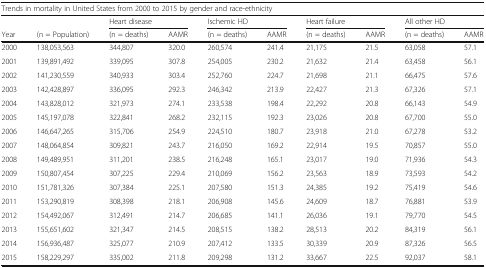
<table><thead><tr><td colspan="10"><b>Trends in mortality in United States from 2000 to 2015 by gender and race-ethnicity</b></td></tr><tr><td></td><td></td><td colspan="2"><b>Heart disease</b></td><td colspan="2"><b>Ischemic HD</b></td><td colspan="2"><b>Heart failure</b></td><td colspan="2"><b>All other HD</b></td></tr><tr><td><b>Year</b></td><td><b>(n = Population)</b></td><td><b>(n = deaths)</b></td><td><b>AAMR</b></td><td><b>(n = deaths)</b></td><td><b>AAMR</b></td><td><b>(n = deaths)</b></td><td><b>AAMR</b></td><td><b>(n = deaths)</b></td><td><b>AAMR</b></td></tr></thead><tbody><tr><td>2000</td><td>138,053,563</td><td>344,807</td><td>320.0</td><td>260,574</td><td>241.4</td><td>21,175</td><td>21.5</td><td>63,058</td><td>57.1</td></tr><tr><td>2001</td><td>139,891,492</td><td>339,095</td><td>307.8</td><td>254,005</td><td>230.2</td><td>21,632</td><td>21.4</td><td>63,458</td><td>56.1</td></tr><tr><td>2002</td><td>141,230,559</td><td>340,933</td><td>303.4</td><td>252,760</td><td>224.7</td><td>21,698</td><td>21.1</td><td>66,475</td><td>57.6</td></tr><tr><td>2003</td><td>142,428,897</td><td>336,095</td><td>292.3</td><td>246,342</td><td>213.9</td><td>22,427</td><td>21.3</td><td>67,326</td><td>57.1</td></tr><tr><td>2004</td><td>143,828,012</td><td>321,973</td><td>274.1</td><td>233,538</td><td>198.4</td><td>22,292</td><td>20.8</td><td>66,143</td><td>54.9</td></tr><tr><td>2005</td><td>145,197,078</td><td>322,841</td><td>268.2</td><td>232,115</td><td>192.3</td><td>23,026</td><td>20.8</td><td>67,700</td><td>55.0</td></tr><tr><td>2006</td><td>146,647,265</td><td>315,706</td><td>254.9</td><td>224,510</td><td>180.7</td><td>23,918</td><td>21.0</td><td>67,278</td><td>53.2</td></tr><tr><td>2007</td><td>148,064,854</td><td>309,821</td><td>243.7</td><td>216,050</td><td>169.2</td><td>22,914</td><td>19.5</td><td>70,857</td><td>55.0</td></tr><tr><td>2008</td><td>149,489,951</td><td>311,201</td><td>238.5</td><td>216,248</td><td>165.1</td><td>23,017</td><td>19.0</td><td>71,936</td><td>54.3</td></tr><tr><td>2009</td><td>150,807,454</td><td>307,225</td><td>229.4</td><td>210,069</td><td>156.2</td><td>23,563</td><td>18.9</td><td>73,593</td><td>54.2</td></tr><tr><td>2010</td><td>151,781,326</td><td>307,384</td><td>225.1</td><td>207,580</td><td>151.3</td><td>24,385</td><td>19.2</td><td>75,419</td><td>54.6</td></tr><tr><td>2011</td><td>153,290,819</td><td>308,398</td><td>218.1</td><td>206,908</td><td>145.6</td><td>24,609</td><td>18.7</td><td>76,881</td><td>53.9</td></tr><tr><td>2012</td><td>154,492,067</td><td>312,491</td><td>214.7</td><td>206,685</td><td>141.1</td><td>26,036</td><td>19.1</td><td>79,770</td><td>54.5</td></tr><tr><td>2013</td><td>155,651,602</td><td>321,347</td><td>214.5</td><td>208,515</td><td>138.2</td><td>28,513</td><td>20.2</td><td>84,319</td><td>56.1</td></tr><tr><td>2014</td><td>156,936,487</td><td>325,077</td><td>210.9</td><td>207,412</td><td>133.5</td><td>30,339</td><td>20.9</td><td>87,326</td><td>56.5</td></tr><tr><td>2015</td><td>158,229,297</td><td>335,002</td><td>211.8</td><td>209,298</td><td>131.2</td><td>33,667</td><td>22.5</td><td>92,037</td><td>58.1</td></tr></tbody></table>